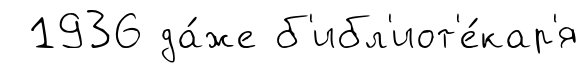
1936 да́же б'ибл'иот'е́кар'я